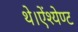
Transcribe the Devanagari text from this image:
थे।ऐंश्येण्ट